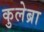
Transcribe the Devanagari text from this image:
कुलेब्रा